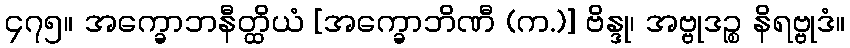
၄၇၅။ အက္ခောဘနီတ္ထိယံ [အက္ခောဘိဏီ (က.)] ဗိန္ဒု၊ အဗ္ဗုဒဉ္စ နိရဗ္ဗုဒံ။